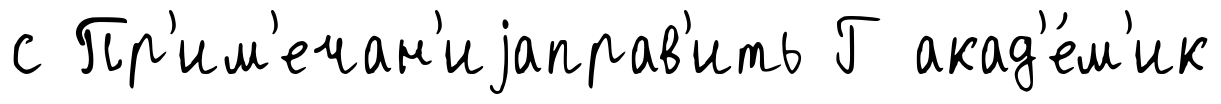
с Пр'им'ечан'иjаправ'ить Г акад'е́м'ик